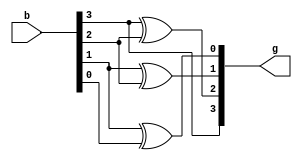


module bin2gre(output [3:0]g, input [3:0]b);
 assign g[3]=b[3];
 xor(g[2],b[3],b[2]),(g[1],b[1],b[2]),(g[0],b[1],b[0]);
endmodule

module binary_to_grey;
 reg [3:0]b;
 wire [3:0]g;
 bin2gre instance0(g,b);
 initial begin
    $dumpfile("hel.vcd");
    $dumpvars(1);
    $display(" Binary to grey");
    $monitor(" %b  %b",b,g);

    b=0;
    #1;b=1;
    #1;b=2;
    #1;b=3;
    #1;b=4;
    #1;b=5;
    #1;b=6;
    #1;b=7;
    #1;b=8;
    #1;b=9;
    #1;b=10;
    #1;b=11;
    #1;b=12;
    #1;b=13;
    #1;b=14;
    #1;b=15;
    #1;
 end
endmodule